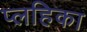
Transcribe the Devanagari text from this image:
प्लहिका